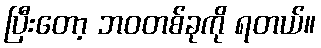
ပြီးတော့ ဘဝတစ်ခုကို ရတယ်။